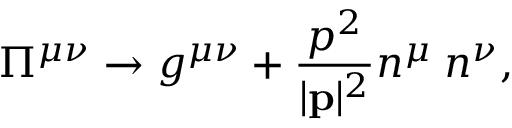
\Pi ^ { \mu \nu } \rightarrow g ^ { \mu \nu } + \frac { p ^ { 2 } } { | { \bf p } | ^ { 2 } } n ^ { \mu } \; n ^ { \nu } ,